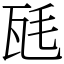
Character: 瓱